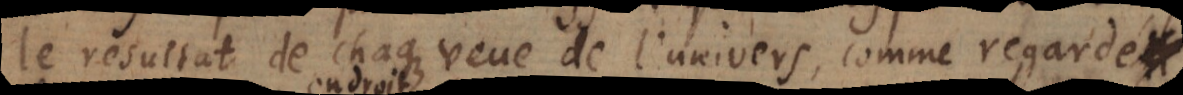
le resultat de chaque veue de l’univers, comme regardé